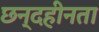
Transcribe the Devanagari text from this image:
छन्दहीनता